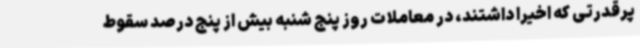
پرقدرتی که اخیرا داشتند، در معاملات روز پنج شنبه بیش از پنج درصد سقوط